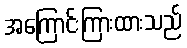
အကြောင်းကြားထားသည်